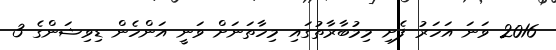
2016 ވަނަ އަހަރު ފެށި މިމުބާރާތުގައި މިހާތަނަށް ވަނީ އަންހެން ޑިވިޝަންގެ 3